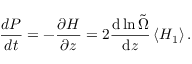
\frac { d P } { d t } = - \frac { \partial H } { \partial z } = 2 \frac { \mathrm { d } \ln \tilde { \Omega } } { \mathrm { d } z } \left\langle H _ { 1 } \right\rangle .